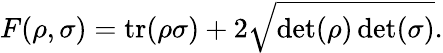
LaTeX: F(\rho,\sigma)=\operatorname{tr}(\rho\sigma)+2{\sqrt{\operatorname*{det}(\rho)\operatorname*{det}(\sigma)}}.